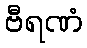
ဗီရဏံ